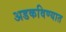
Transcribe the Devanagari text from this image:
अडकविण्यात